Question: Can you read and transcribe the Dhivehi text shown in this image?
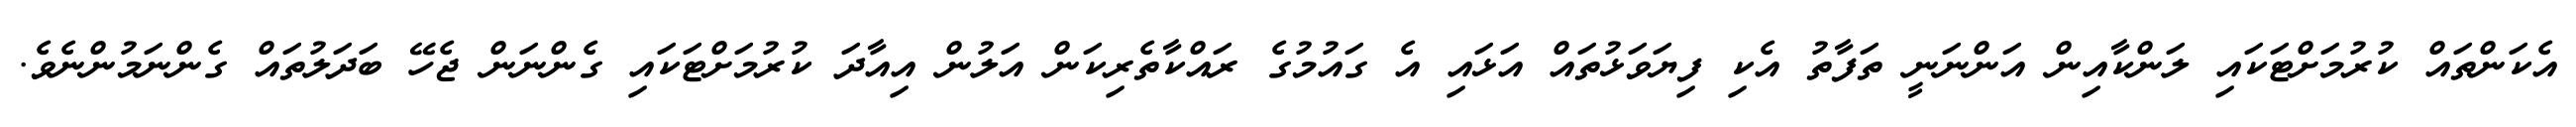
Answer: އެކަންތައް ކުރުމަށްޓަކައި ލަންކާއިން އަންނަނީ ތަފާތު އެކި ފިޔަވަޅުތައް އަޅައި އެ ގައުމުގެ ރައްކާތެރިކަން އަލުން އިއާދަ ކުރުމަށްޓަކައި ގެންނަން ޖެހޭ ބަދަލުތައް ގެންނަމުންނެވެ.